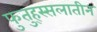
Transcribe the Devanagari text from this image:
फुतुह्स्सलातीन